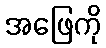
အဖြေကို